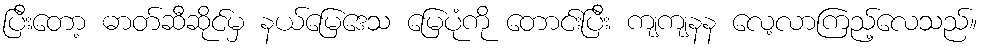
ပြီးတော့ ဓာတ်ဆီဆိုင်မှ နယ်မြေဒေသ မြေပုံကို တောင်းပြီး ကျကျနန လေ့လာကြည့်လေသည်။